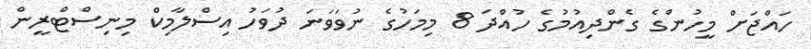
ހައްޖަށް މީހުންގެ ގެންދިއުމުގެ ހުއްދަ 8 މިމަހުގެ ނުވަވަނަ ދުވަހު އިސްލާމިކް މިނިސްޓްރީން